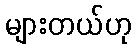
များတယ်ဟု